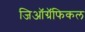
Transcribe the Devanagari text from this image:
जिऑग्रॅफिकल